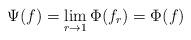
LaTeX: \begin{align*} \Psi(f)=\lim_{r\to 1}\Phi(f_r)=\Phi(f)\end{align*}